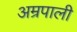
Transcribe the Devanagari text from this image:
अम्रपाली